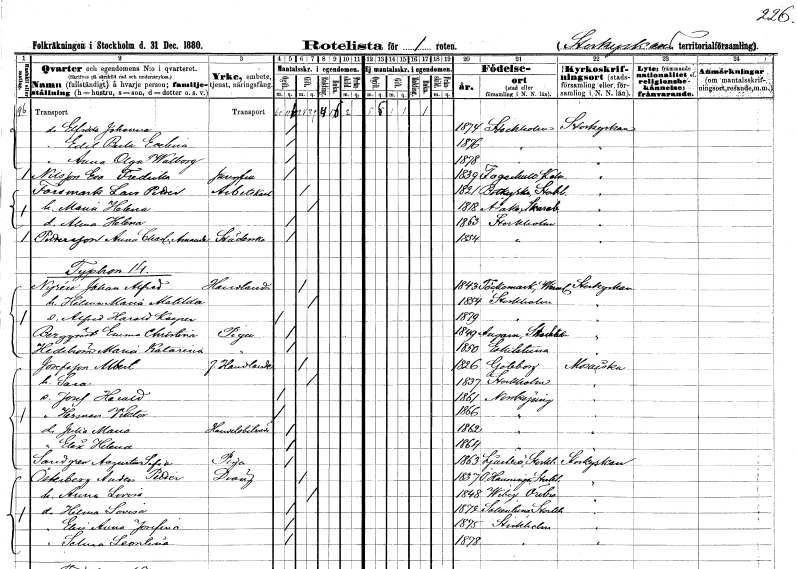
gt_parse: households: individuals: FN: Elfrida Johanna
KON: K
CIV: O
FODAR: 1874
FODFORS: Stockholm
FN: Edit Berta Evelina
KON: K
CIV: O
FODAR: 1876
FODFORS: Stockholm
FN: Anna Olga Walborg
KON: K
CIV: O
FODAR: 1878
FODFORS: Stockholm
FN: Eva Fredrika
EN: Nilsson
YRKE: Jungfru
KON: K
CIV: O
FODAR: 1839
FODFORS: Fagerhult Kalmar län
FN: Lars Petter
EN: Forsmark
YRKE: Arbetskarl
KON: M
CIV: G
FODAR: 1821
FODFORS: Botkyrka Stockholms län
FN: Maria Helena
KON: K
CIV: G
FODAR: 1818
FODFORS: Åsaka Skaraborgs län
FN: Alma Helena
KON: K
CIV: O
FODAR: 1863
FODFORS: Stockholm
FN: Anna Charlotta Amanda
EN: Pettersson
YRKE: Städerska
KON: K
CIV: O
FODAR: 1854
FODFORS: Stockholm
FN: Johan Alfred
EN: Nyrén
YRKE: Handlande
KON: M
CIV: G
FODAR: 1843
FODFORS: Töcksmark Värmlands län
FN: Hilma Maria Matilda
KON: K
CIV: G
FODAR: 1854
FODFORS: Stockholm
FN: Alfred Harald Kasper
KON: M
CIV: O
FODAR: 1879
FODFORS: Stockholm
FN: Emma Christina
EN: Bergqvist
YRKE: Piga
KON: K
CIV: O
FODAR: 1849
FODFORS: Angarn Stockholms län
FN: Maria Katarina
EN: Hedström
YRKE: Piga
KON: K
CIV: O
FODAR: 1850
FODFORS: Eskilstuna Södermanlands län
FN: Albert
EN: Josefsson
YRKE: Handlande f.
KON: M
CIV: G
FODAR: 1826
FODFORS: Göteborg Göteborgs- och Bohuslän
FN: Sara
KON: K
CIV: G
FODAR: 1837
FODFORS: Stockholm
FN: Josef Harald
KON: M
CIV: O
FODAR: 1861
FODFORS: Norrköping Östergötlands län
FN: Herman Viktor
KON: M
CIV: O
FODAR: 1866
FODFORS: Norrköping Östergötlands län
FN: Julia Maria
YRKE: Handelsbiträde
KON: K
CIV: O
FODAR: 1862
FODFORS: Norrköping Östergötlands län
FN: Elin Hilma
KON: K
CIV: O
FODAR: 1864
FODFORS: Norrköping Östergötlands län
FN: Augusta Sofia
EN: Sandgren
YRKE: Piga
KON: K
CIV: O
FODAR: 1863
FODFORS: Ljusterö Stockholms län
FN: Anders Petter
EN: Österberg
YRKE: Dräng
KON: M
CIV: G
FODAR: 1837
FODFORS: Österhaninge Stockholms län
FN: Anna Lovisa
KON: K
CIV: G
FODAR: 1848
FODFORS: Viby Örebro län
FN: Hilma Lovisa
KON: K
CIV: O
FODAR: 1872
FODFORS: Sollentuna Stockholms län